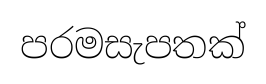
පරමසැපතක්